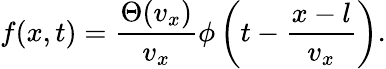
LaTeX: f(x,t)=\frac{\Theta(v_{x})}{v_{x}}\phi\left(t-\frac{x-l}{v_{x}}\right).